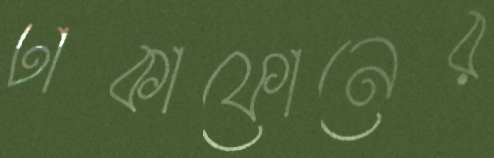
ঢাকাফোনের